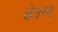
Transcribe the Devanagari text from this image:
क्षेत्रग्य